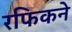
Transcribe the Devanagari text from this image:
रफिकने